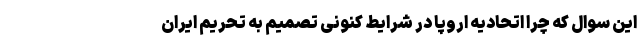
این سوال که چرا اتحادیه اروپا در شرایط کنونی تصمیم به تحریم ایران